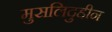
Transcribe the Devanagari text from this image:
मुसलिदुद्दीन